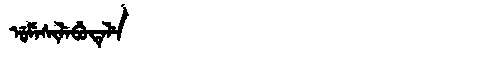
Manchu: ᡠᠮᡝᠰᡳᠯᡝᠪᡠᡨᡝᠯᡝ
Romanization: UMESILEBUTELE